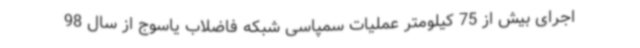
اجرای بیش از 75 کیلومتر عملیات سمپاسی شبکه فاضلاب یاسوج از سال 98